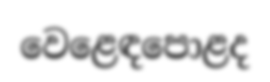
වෙළෙඳපොළද